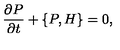
\frac { \partial P } { \partial t } + \{ P , H \} = 0 ,